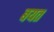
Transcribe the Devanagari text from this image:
बयत